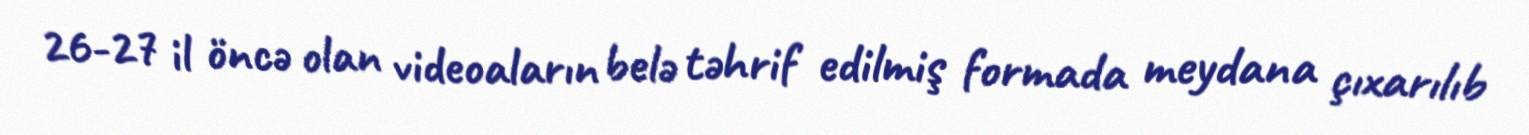
26-27 il öncə olan videoaların belə təhrif edilmiş formada meydana çıxarılıb